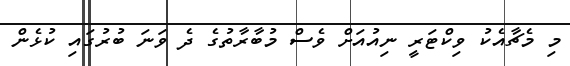
މި މެޗާއެކު ވިކްޓަރީ ނިއުއަށް ވެސް މުބާރާތުގެ ދެ ވަނަ ބުރުގައި ކުޅެން